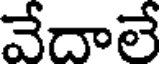
వేదాలే